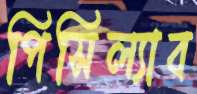
পিসিল্যাব